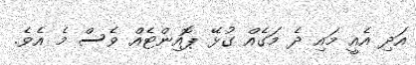
އަދި އެއީ މައި ދެ މަގެއް ގުޅޭ ޕޮއިންޓެއް ވެސް މެ އެވެ.